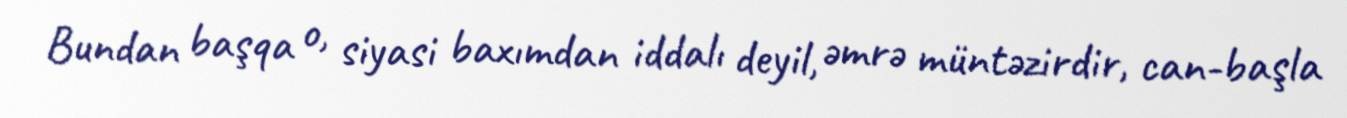
Bundan başqa o, siyasi baxımdan iddalı deyil, əmrə müntəzirdir, can-başla